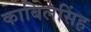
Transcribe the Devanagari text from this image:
काबिलसिंह